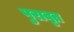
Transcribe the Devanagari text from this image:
पुरावृत